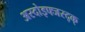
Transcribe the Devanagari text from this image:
अस्दोइफ्जस्द्क्